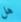
هل